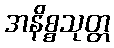
အနိစ္စသုတ္တ